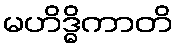
မဟိဒ္ဓိကာတိ